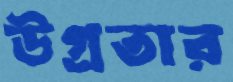
উগ্রতার